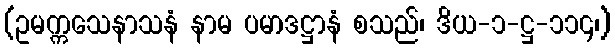
(ဥမက္ကသေနာသနံ နာမ ပမာဒဋ္ဌာနံ စသည်၊ ဒိယ-၁-ဋ္ဌ-၁၁၄၊)